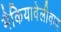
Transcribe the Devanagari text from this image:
मैकियावेलीवाद